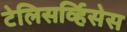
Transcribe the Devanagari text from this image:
टेलिसर्व्हिसेस